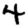
Digit: 4